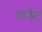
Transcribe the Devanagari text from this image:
वलेट